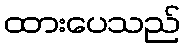
ထားပေသည်